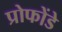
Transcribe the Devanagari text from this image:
प्रोफोंडे